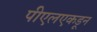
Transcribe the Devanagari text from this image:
पीएलएकडून